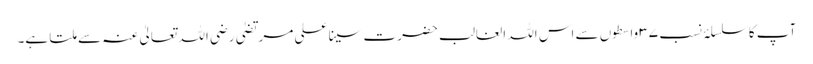
آپ کا سلسلۂ نسب ۳۷ واسطوں سے اس اللہ الغالب حضرت سینا علی مرتضیٰ رضی اللہ تعالیٰ عنہ سے ملتا ہے۔